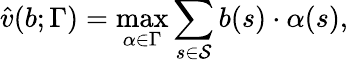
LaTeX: \hat{v}(b;\Gamma)=\operatorname*{max}_{\alpha\in\Gamma}\sum_{s\in\mathcal{S}}b(s)\cdot\alpha(s),